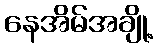
နေအိမ်အချို့